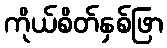
ကိုယ်စိတ်နှစ်ဖြာ